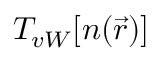
T _ { v W } [ n ( \vec { r } ) ]